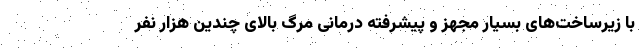
با زیرساخت‌های بسیار مجهز و پیشرفته درمانی مرگ بالای چندین هزار نفر